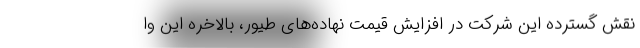
نقش گسترده این شرکت در افزایش قیمت نهاده‌های طیور، بالاخره این وا